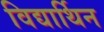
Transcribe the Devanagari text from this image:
विद्यार्थिन